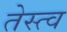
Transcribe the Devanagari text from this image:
तेस्त्व